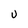
Character: U